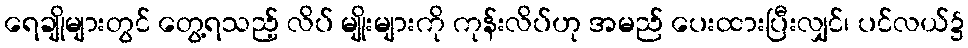
ရေချိုများတွင် တွေ့ရသည့် လိပ် မျိုးများကို ကုန်းလိပ်ဟု အမည် ပေးထားပြီးလျှင်၊ ပင်လယ်၌